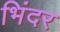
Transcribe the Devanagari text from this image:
भिंदर